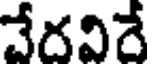
చేదవిరే